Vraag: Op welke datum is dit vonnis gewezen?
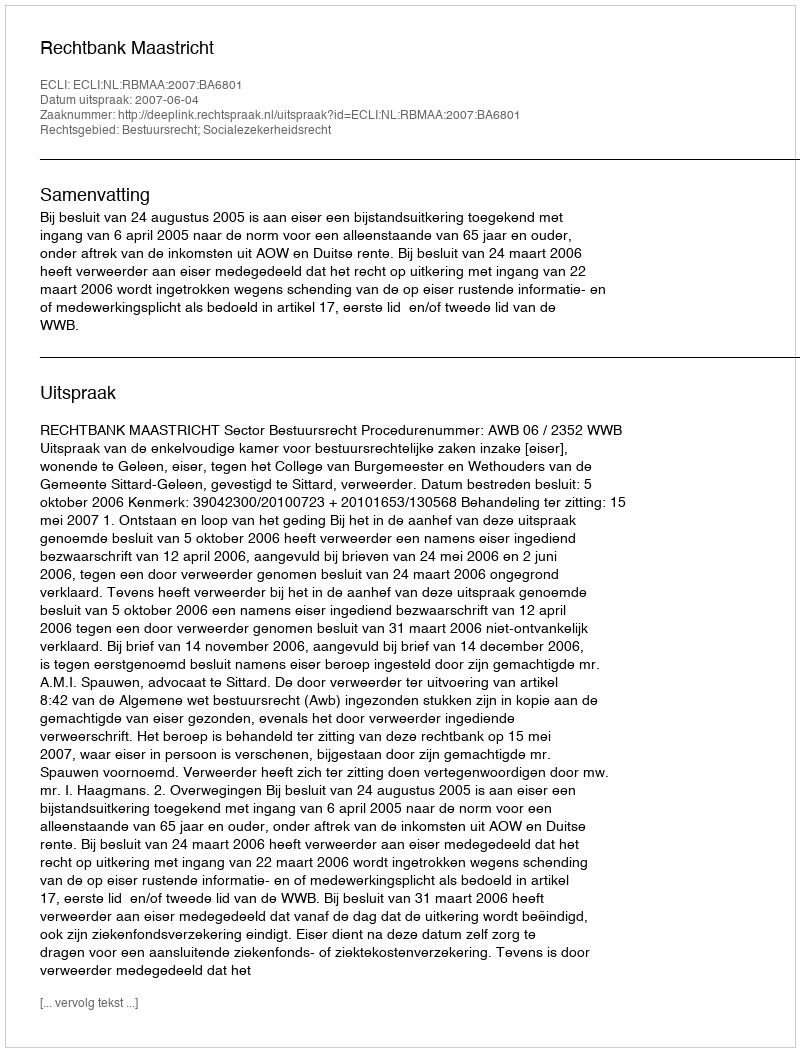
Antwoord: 2007-06-04